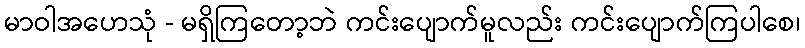
မာဝါအဟေသုံ - မရှိကြတော့ဘဲ ကင်းပျောက်မူလည်း ကင်းပျောက်ကြပါစေ၊